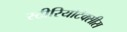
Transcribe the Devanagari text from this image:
स्टीरियोटैक्सीस